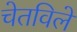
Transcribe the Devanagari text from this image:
चेतविले